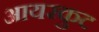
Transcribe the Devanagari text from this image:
आयरकुट